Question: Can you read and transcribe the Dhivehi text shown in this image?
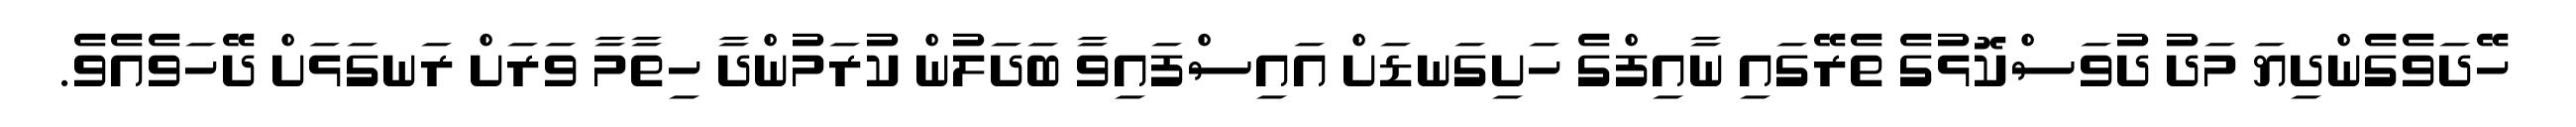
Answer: ހޭދަވެގެންދިޔަ މަދު ދުވަސްކޮޅުގެ ތެރޭގައި ނާއިފްގެ ހަށިގަނޑަށް އައިސްފައިވާ ބަދަލުން ކުރަމުންދާ ހިތާމާ ވަރަށް ރަނގަޅަށް ދޭހަވެއެވެ.